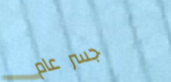
جسر عام